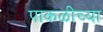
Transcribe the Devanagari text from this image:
पाकळीच्या